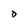
Character: D